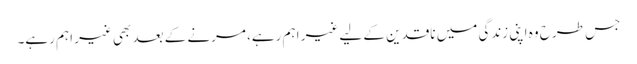
جس طرح وہ اپنی زندگی میں ناقدین کے لیے غیر اہم رہے، مرنے کے بعد بھی غیر اہم رہے۔